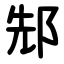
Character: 䢾